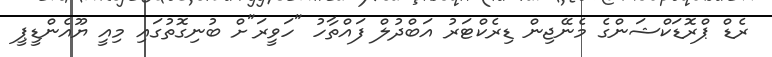
ރެޑް ޕްރޮޑަކްޝަންގެ މެނޭޖިން ޑިރެކްޓަރު އަބްދުލް ފައްތާހު "ހަވީރަ"ށް ބުނިގޮތުގައި މިއީ ޔޫއެންޑީޕީ